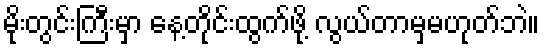
မိုးတွင်းကြီးမှာ နေ့တိုင်းထွက်ဖို့ လွယ်တာမှမဟုတ်ဘဲ။